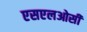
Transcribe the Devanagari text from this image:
एसएलओसी